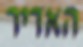
האדיר